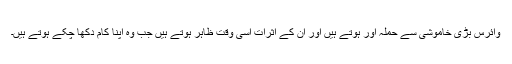
وائرس بڑی خاموشی سے حملہ آور ہوتے ہیں اور ان کے اثرات اسی وقت ظاہر ہوتے ہیں جب وہ اپنا کام دکھا چکے ہوتے ہیں۔